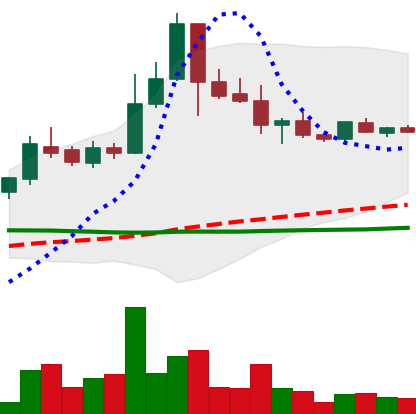
Ticker: BTC-USD
Chart end date: 2015-07-23
Forward return: 6.657%
Label: up_5_7